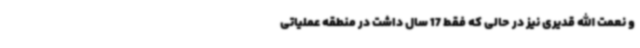
و نعمت الله قدیری نیز در حالی که فقط 17 سال داشت در منطقه عملیاتی